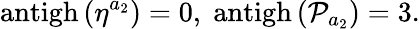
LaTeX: \mathrm{antigh}\left(\eta^{a_{2}}\right)=0,\; \mathrm{antigh}\left(\mathcal{P}_{a_{2}}\right)=3.